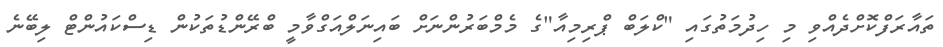
ތައާރަފްކޮށްދެއްވި މި ހިދުމަތުގައި "ކްލަބް ޕްރިމިއާ"ގެ މެމްބަރުންނަށް ބައިނަލްއަގްވާމީ ބްރޭންޑުތަކުން ޑިސްކައުންޓް ލިބޭނެ